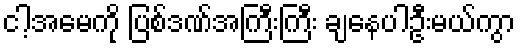
ငါ့အမေကို ပြစ်ဒဏ်အကြီးကြီး ချနေပါဦးမယ်ကွာ